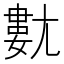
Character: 𡰍